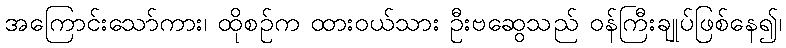
အကြောင်းသော်ကား၊ ထိုစဉ်က ထားဝယ်သား ဦးဗဆွေသည် ဝန်ကြီးချုပ်ဖြစ်နေ၍၊